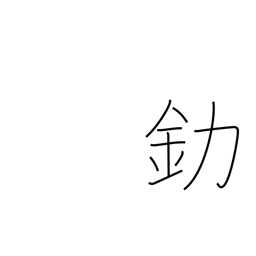
Meaning: gold